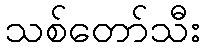
သစ်တော်သီး